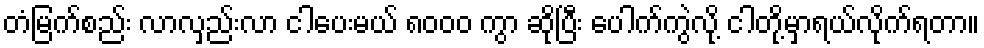
တံမြက်စည်း လာလှည်းလာ ငါပေးမယ် ၈၀၀၀ ကွာ ဆိုပြီး ပေါက်ကွဲလို့ ငါတို့မှာရယ်လိုက်ရတာ။